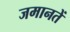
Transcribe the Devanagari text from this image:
जमानतें